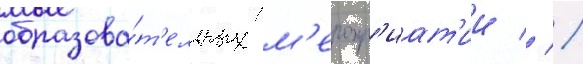
образова́т'ельных м'еропр'иат'ии // /